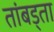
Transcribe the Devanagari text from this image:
तांबड्ता